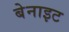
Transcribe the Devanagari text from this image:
बेनाइट